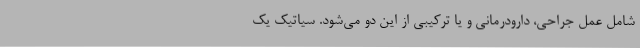
شامل عمل جراحی، دارودرمانی و یا ترکیبی از این دو می‌شود. سیاتیک یک